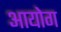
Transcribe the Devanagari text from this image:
अायोग